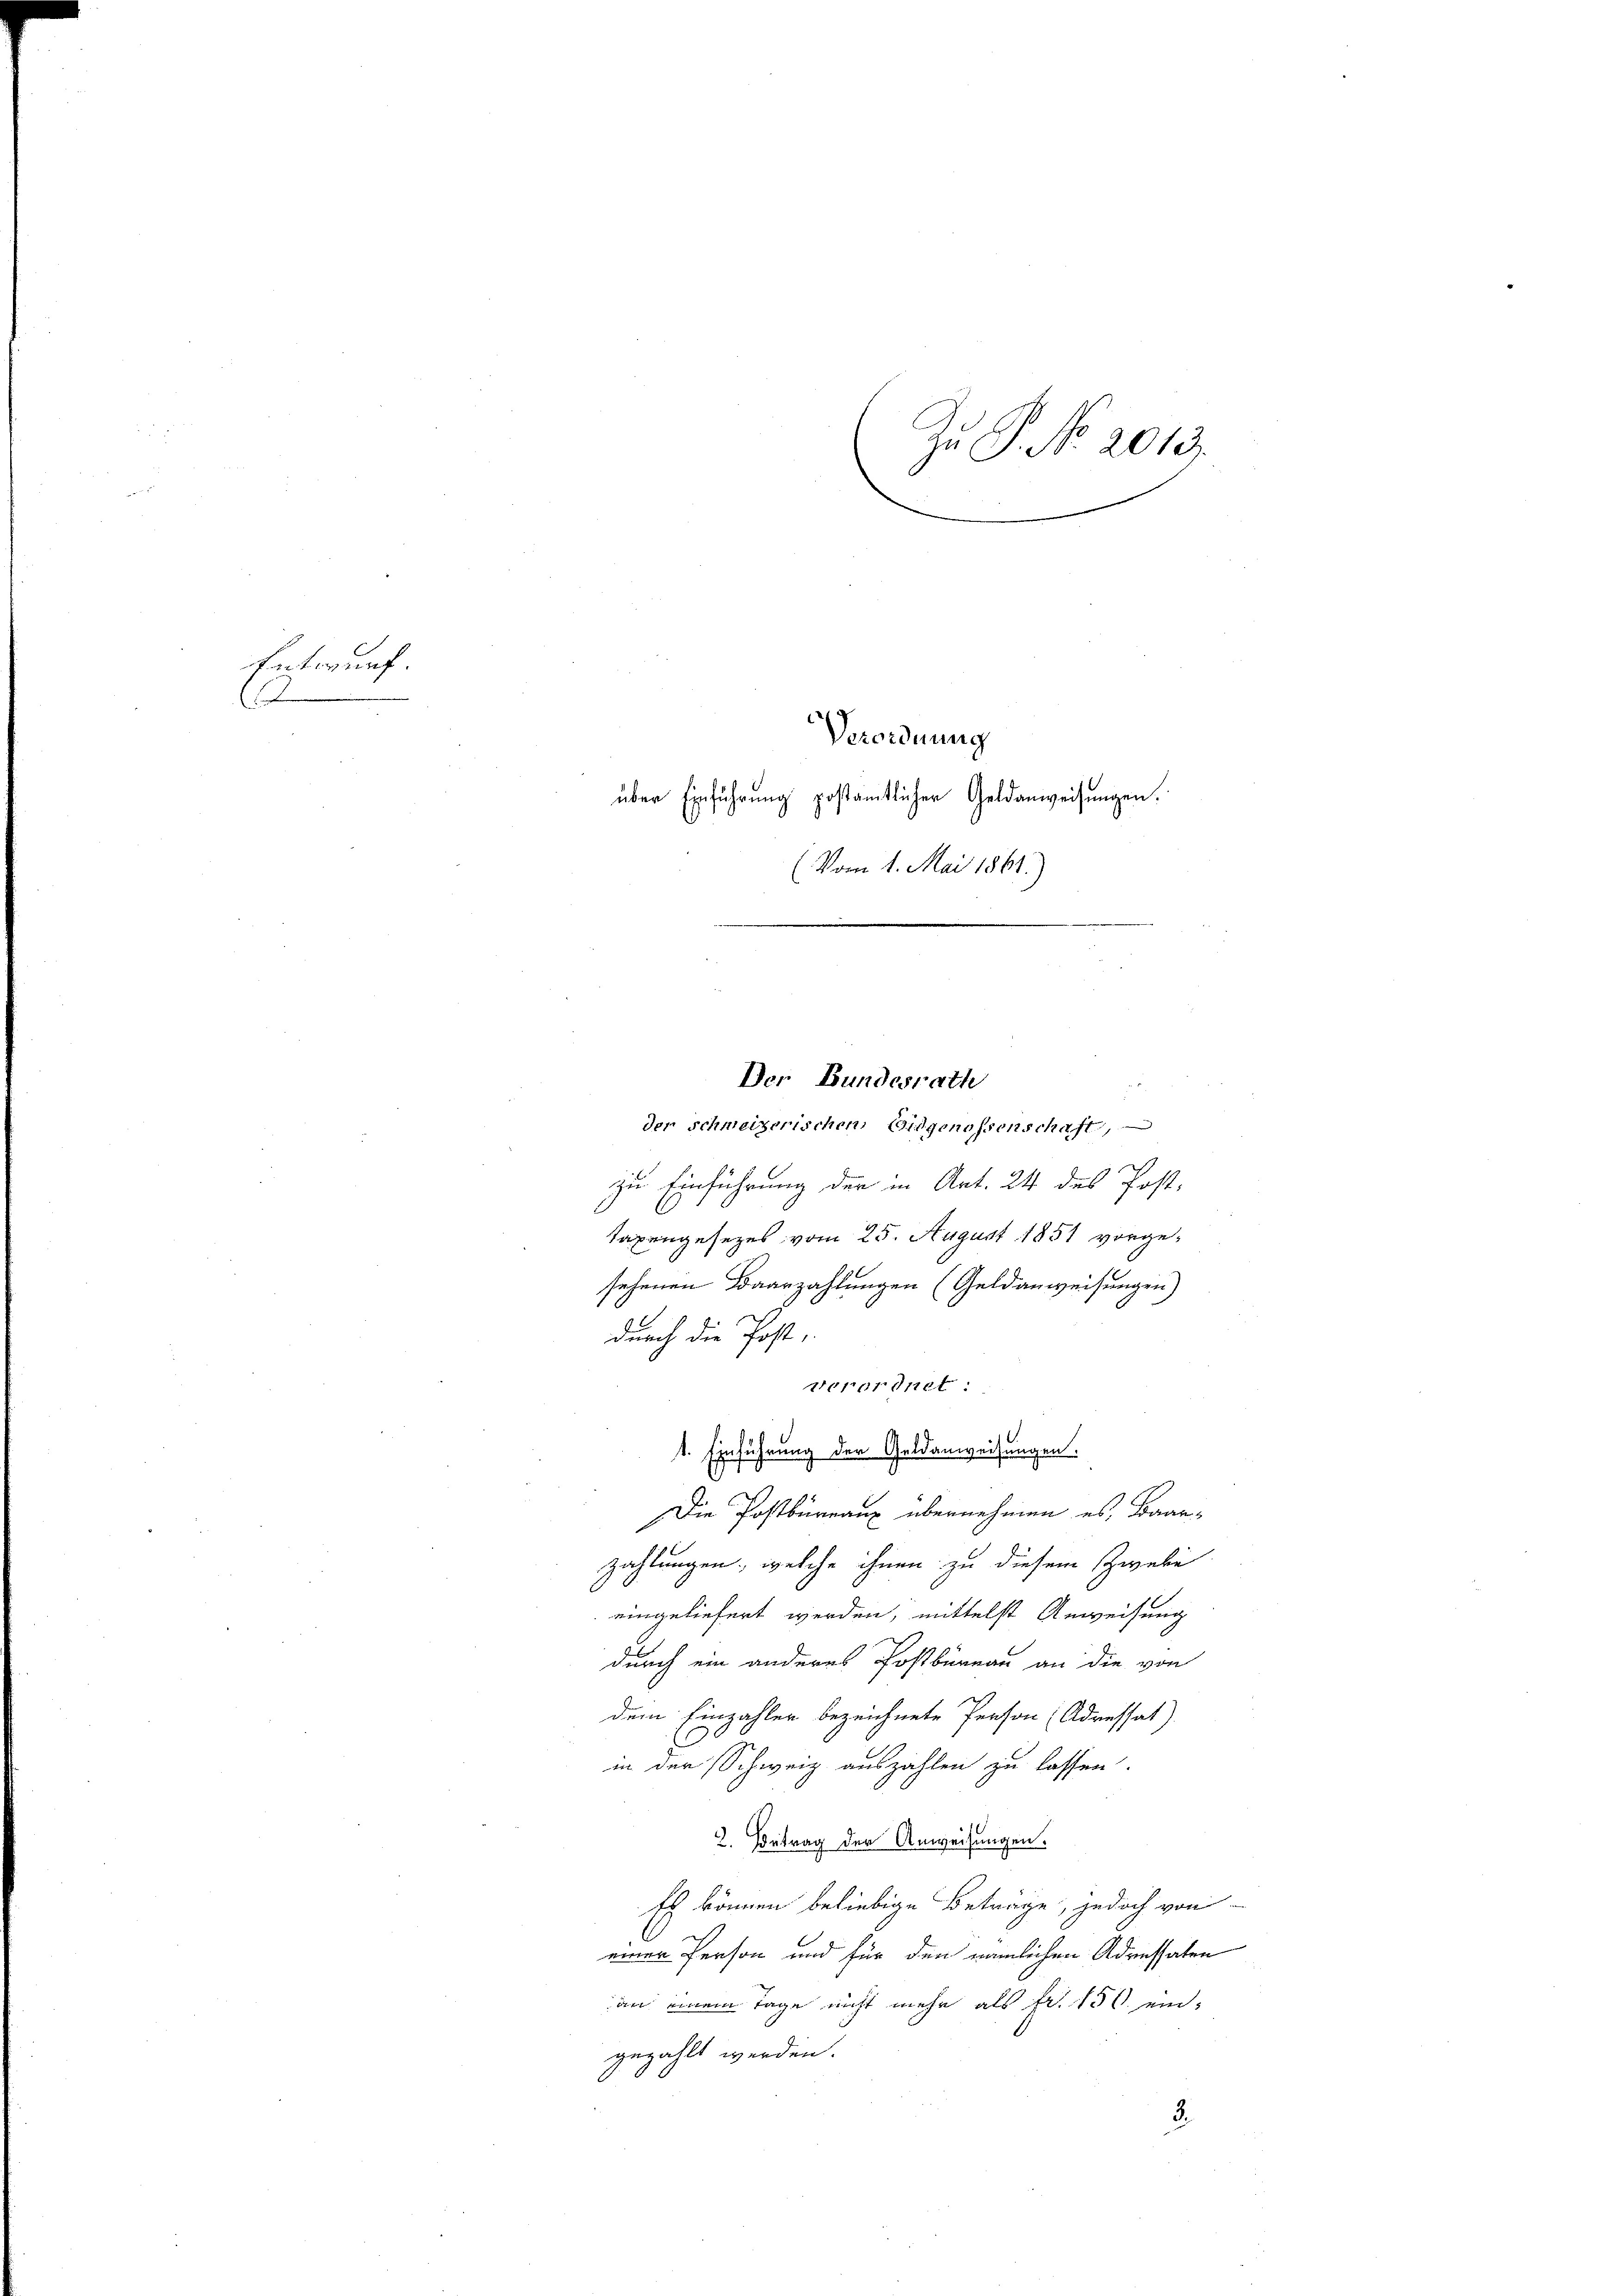
Entwurf.
C

Zu P. No 2013.
s
Verordnung
über Einführung postamtlicher Geldanweisungen.
(Vom 1. Mai 1861.)

Der Bundesrath

der schweizerischen Eidgenossenschaft,
zu Einführung der in Ant. 24 des Post-
Taxengesezes vom 25. August 1851 vorgesehenen Baarzahlungen (Geldanweisungen)
E
durch die Post,
Verordnet:
1. Einführung der Geldanweisungen.
Die Postbureaux übernehmen es, Baarzahlungen, welche ihnen zu diesem Zweke
eingeliefert werden, mittelst Anweisung
durch ein anderes Postbureau an die von
dem Einzahler bezeichnete Person (Adressat)
in der Schweiz auszahlen zu lassen.
2. Betrag der Anweisungen.
Es können beliebige Betrage, jedoch von
einer Person und für den nämlichen Adressaten
an einem Tage nicht mehr als Fr. 156 ein-
gezahlt werden.
3.